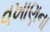
વખાણના